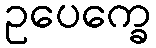
ဥပေက္ခေ